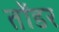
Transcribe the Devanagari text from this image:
तोंडर